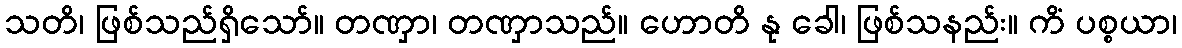
သတိ၊ ဖြစ်သည်ရှိသော်။ တဏှာ၊ တဏှာသည်။ ဟောတိ နု ခေါ၊ ဖြစ်သနည်း။ ကိံ ပစ္စယာ၊